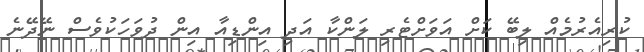
ކުރިއެރުމެއް ލިބޭ ކަށް އަވަށްޓެރި ލަންކާ އަދި އިންޑިއާ އިން ދުވަހަކުވެސް ނޭދޭނެ